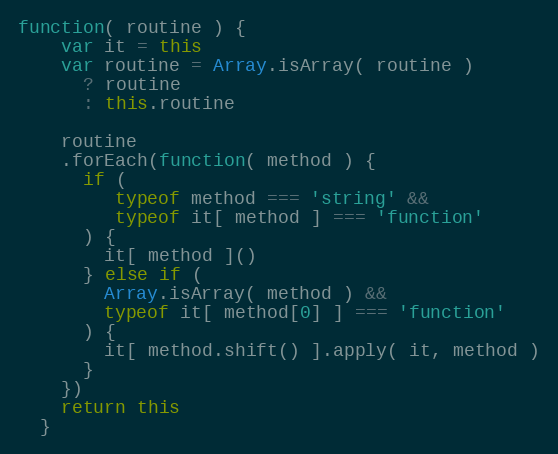
Language: JavaScript
function( routine ) {
    var it = this
    var routine = Array.isArray( routine )
      ? routine
      : this.routine

    routine
    .forEach(function( method ) {
      if (
         typeof method === 'string' &&
         typeof it[ method ] === 'function'
      ) {
        it[ method ]()
      } else if (
        Array.isArray( method ) &&
        typeof it[ method[0] ] === 'function'
      ) {
        it[ method.shift() ].apply( it, method )
      }
    })
    return this
  }